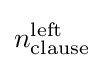
n_{\text{clause}}^{\text{left}}